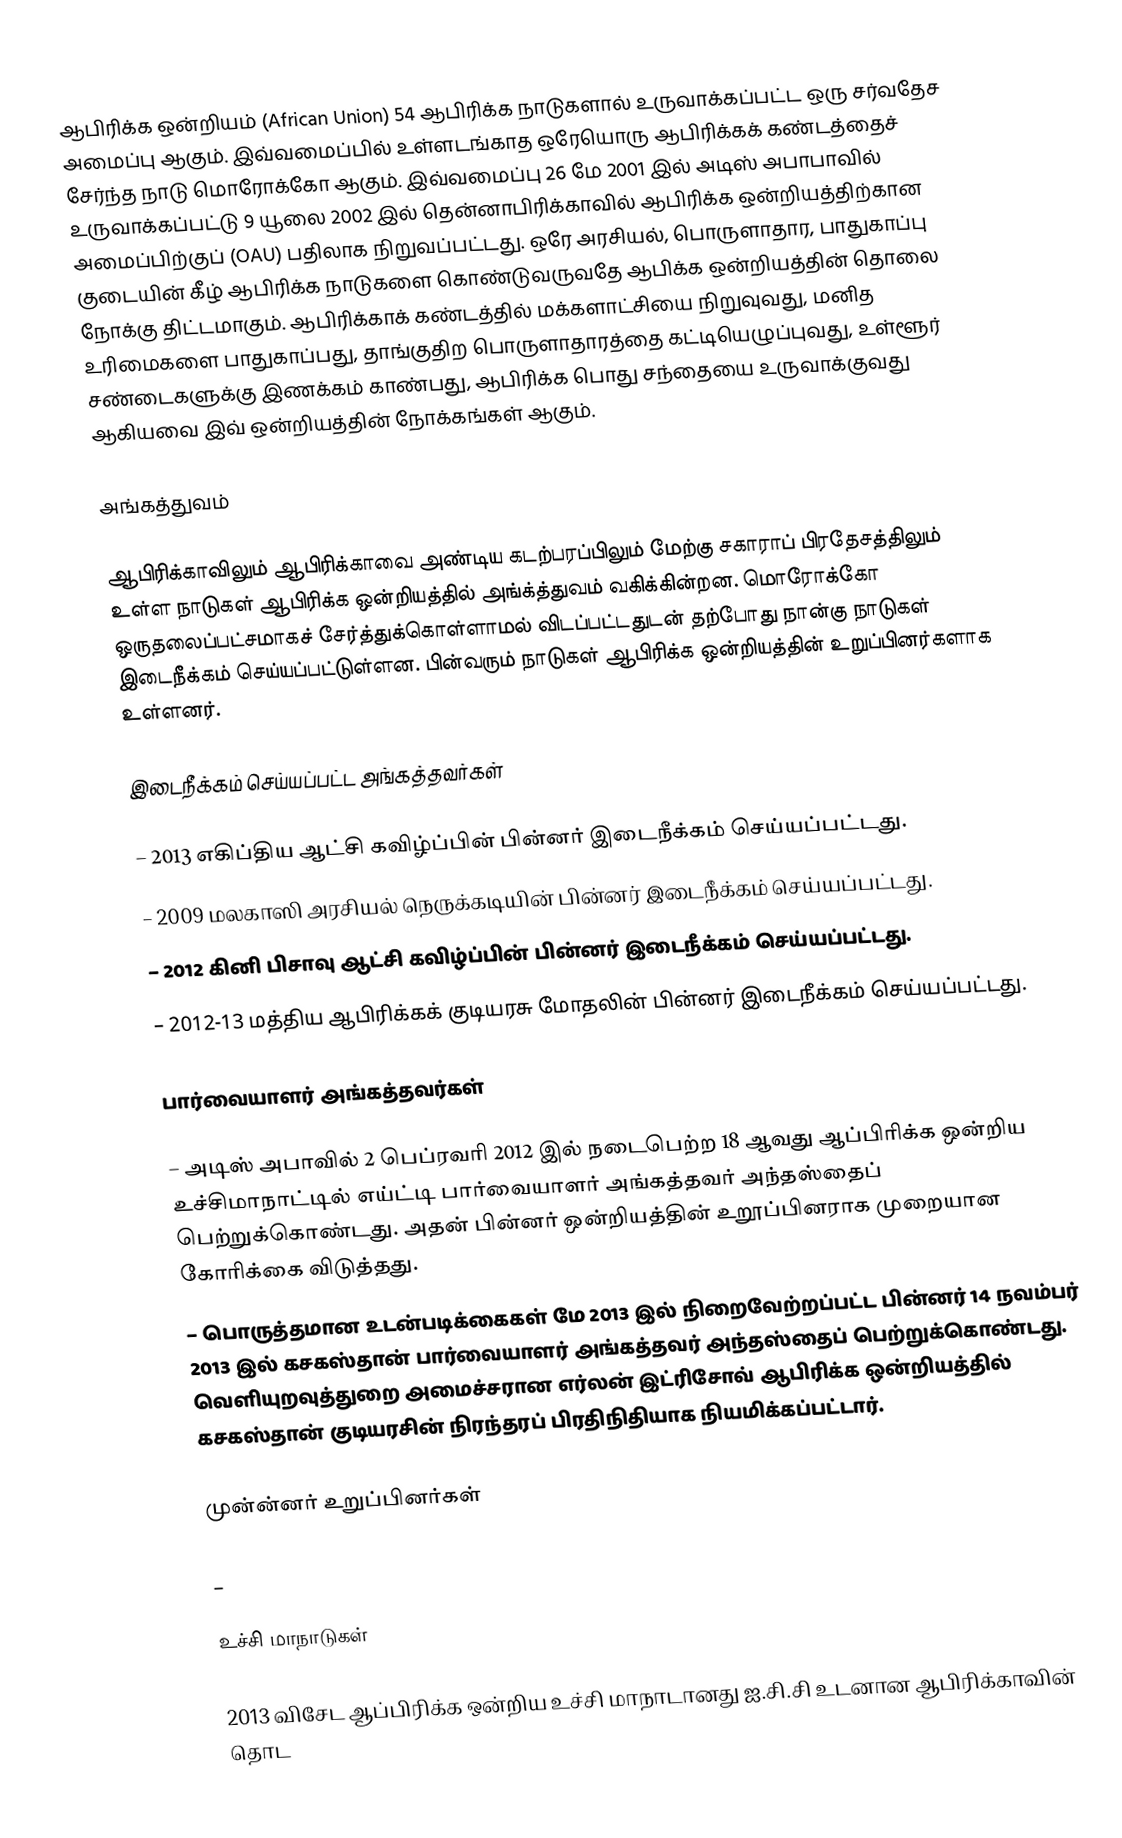
ஆபிரிக்க ஒன்றியம் (African Union) 54 ஆபிரிக்க நாடுகளால் உருவாக்கப்பட்ட ஒரு சர்வதேச அமைப்பு ஆகும். இவ்வமைப்பில் உள்ளடங்காத ஒரேயொரு ஆபிரிக்கக் கண்டத்தைச் சேர்ந்த நாடு மொரோக்கோ ஆகும். இவ்வமைப்பு 26 மே 2001 இல் அடிஸ் அபாபாவில் உருவாக்கப்பட்டு 9 யூலை 2002 இல் தென்னாபிரிக்காவில் ஆபிரிக்க ஒன்றியத்திற்கான அமைப்பிற்குப் (OAU) பதிலாக நிறுவப்பட்டது. ஒரே அரசியல், பொருளாதார, பாதுகாப்பு குடையின் கீழ் ஆபிரிக்க நாடுகளை கொண்டுவருவதே ஆபிக்க ஒன்றியத்தின் தொலை நோக்கு திட்டமாகும். ஆபிரிக்காக் கண்டத்தில் மக்களாட்சியை நிறுவுவது, மனித உரிமைகளை பாதுகாப்பது, தாங்குதிற பொருளாதாரத்தை கட்டியெழுப்புவது, உள்ளூர் சண்டைகளுக்கு இணக்கம் காண்பது, ஆபிரிக்க பொது சந்தையை உருவாக்குவது ஆகியவை இவ் ஒன்றியத்தின் நோக்கங்கள் ஆகும்.

அங்கத்துவம்

ஆபிரிக்காவிலும் ஆபிரிக்காவை அண்டிய கடற்பரப்பிலும் மேற்கு சகாராப் பிரதேசத்திலும் உள்ள நாடுகள் ஆபிரிக்க ஒன்றியத்தில் அங்க்த்துவம் வகிக்கின்றன. மொரோக்கோ ஒருதலைப்பட்சமாகச் சேர்த்துக்கொள்ளாமல் விடப்பட்டதுடன் தற்போது நான்கு நாடுகள் இடைநீக்கம் செய்யப்பட்டுள்ளன. பின்வரும் நாடுகள் ஆபிரிக்க ஒன்றியத்தின் உறுப்பினர்களாக உள்ளனர்.

இடைநீக்கம் செய்யப்பட்ட அங்கத்தவர்கள்

 – 2013 எகிப்திய ஆட்சி கவிழ்ப்பின் பின்னர் இடைநீக்கம் செய்யப்பட்டது.
 – 2009 மலகாஸி அரசியல் நெருக்கடியின் பின்னர் இடைநீக்கம் செய்யப்பட்டது.
 – 2012 கினி பிசாவு ஆட்சி கவிழ்ப்பின் பின்னர் இடைநீக்கம் செய்யப்பட்டது.
 – 2012-13 மத்திய ஆபிரிக்கக் குடியரசு மோதலின் பின்னர் இடைநீக்கம் செய்யப்பட்டது.

பார்வையாளர் அங்கத்தவர்கள்

 – அடிஸ் அபாவில் 2 பெப்ரவரி 2012 இல் நடைபெற்ற 18 ஆவது ஆப்பிரிக்க ஒன்றிய உச்சிமாநாட்டில் எய்ட்டி பார்வையாளர் அங்கத்தவர் அந்தஸ்தைப் பெற்றுக்கொண்டது. அதன் பின்னர் ஒன்றியத்தின் உறூப்பினராக முறையான கோரிக்கை விடுத்தது.
 – பொருத்தமான உடன்படிக்கைகள் மே 2013 இல் நிறைவேற்றப்பட்ட பின்னர் 14 நவம்பர் 2013 இல் கசகஸ்தான் பார்வையாளர் அங்கத்தவர் அந்தஸ்தைப் பெற்றுக்கொண்டது. வெளியுறவுத்துறை அமைச்சரான எர்லன் இட்ரிசோவ் ஆபிரிக்க ஒன்றியத்தில் கசகஸ்தான் குடியரசின் நிரந்தரப் பிரதிநிதியாக நியமிக்கப்பட்டார்.

முன்ன்னர் உறுப்பினர்கள்

 –

உச்சி மாநாடுகள்

2013 விசேட ஆப்பிரிக்க ஒன்றிய உச்சி மாநாடானது ஐ.சி.சி உடனான ஆபிரிக்காவின் தொட